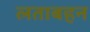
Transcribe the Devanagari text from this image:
लताबहन